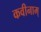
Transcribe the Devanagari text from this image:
कवीनाम्